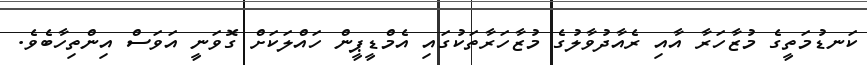
ކަނޑުމަތީގެ މުޒާހަރާ އާއި ރެއާދުވާލުގެ މުޒާހަރާތަކުގައި އެމްޑީޕީން ހައްލަކަށް ގޮވަނީ އަވަސް އިންތިހާބެވެ.